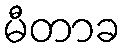
မီတာခ